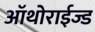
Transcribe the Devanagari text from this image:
ऑथोराईज्ड